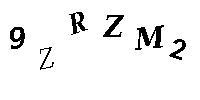
9ZRZM2